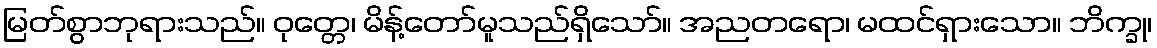
မြတ်စွာဘုရားသည်။ ဝုတ္တေ၊ မိန့်တော်မူသည်ရှိသော်။ အညတရော၊ မထင်ရှားသော။ ဘိက္ခု၊